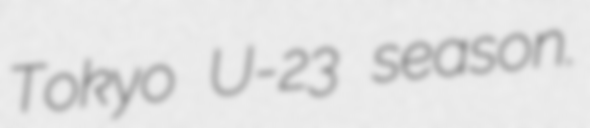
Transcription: Tokyo U-23 season.